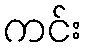
ကင်း